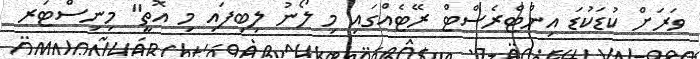
ވަރަށް ކުޑަކުޑަ އިންޓްރެސްޓް ރޭޓެއްގައި މި ލޯނު ލިބިފައި މި އޮތީ" މިނިސްޓަރ